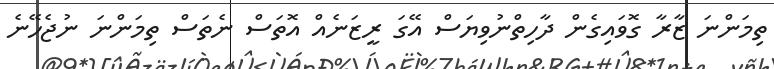
ތިމަންނަ ޒާރާ ގޮވައިގެން ދާހިތްނުވިޔަސް އޭގަ ރީޒަނެއް އޮތަސް ނެތަސް ތިމަންނަ ނުޖެހޭނެ